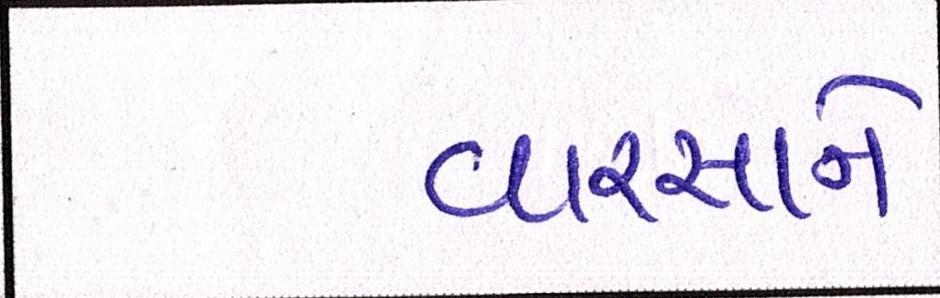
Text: વારસાને